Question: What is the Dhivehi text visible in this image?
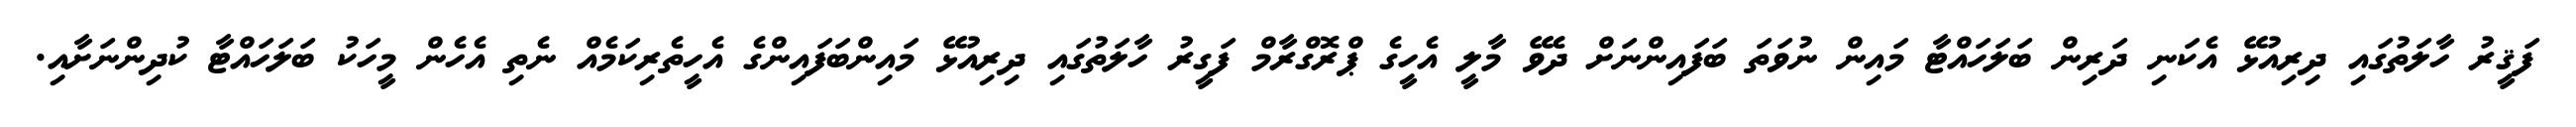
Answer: ފަޤީރު ހާލަތުގައި ދިރިއުޅޭ އެކަނި ދަރިން ބަލަހައްޓާ މައިން ނުވަތަ ބަފައިންނަށް ދެވޭ މާލީ އެހީގެ ޕްރޮގްރާމް ފަގީރު ހާލަތުގައި ދިރިއުޅޭ މައިންބަފައިންގެ އެހީތެރިކަމެއް ނެތި އެހެން މީހަކު ބަލަހައްޓާ ކުދިންނަށާއި.